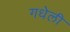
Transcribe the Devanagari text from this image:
गधेली